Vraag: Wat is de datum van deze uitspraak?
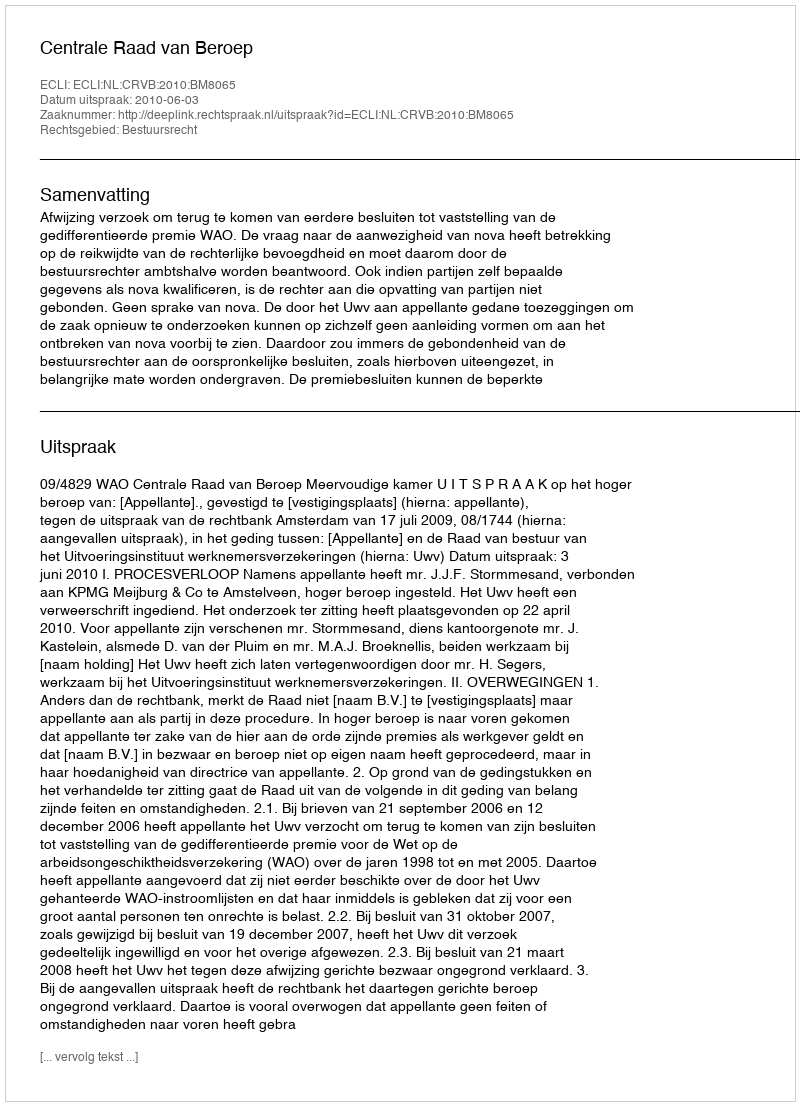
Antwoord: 2010-06-03